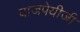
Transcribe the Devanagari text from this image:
वाजपेयीजी